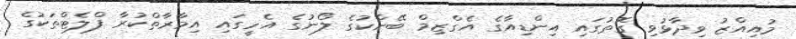
މުއިއްޒު ވިދާޅުވި ގޮތުގައި އިންޑިއާގެ އެގްޒިމް ބޭންކުގެ ލޯނުގެ އެހީގައި އިމާރާތްކުރާ ފްލެޓްތަކުގެ